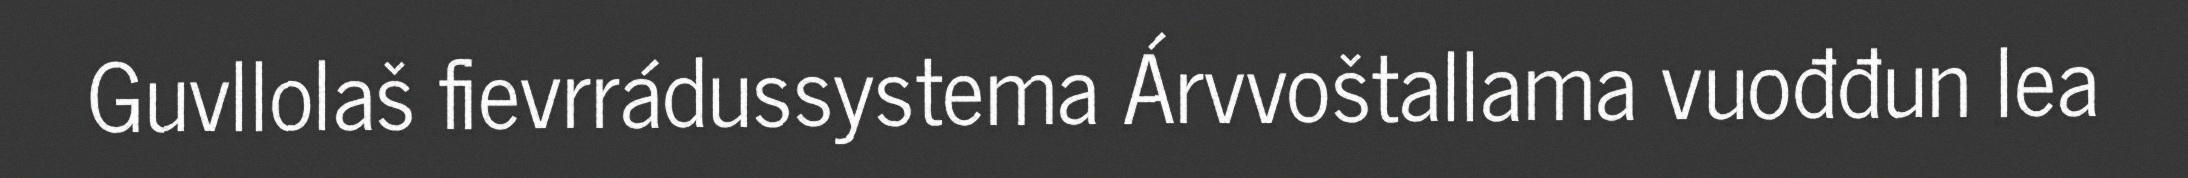
Guvllolaš fievrrádussystema Árvvoštallama vuođđun lea